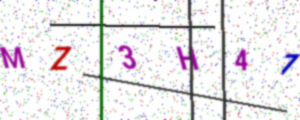
Text: MZ3H47